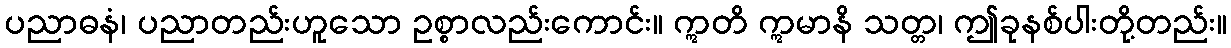
ပညာဓနံ၊ ပညာတည်းဟူသော ဥစ္စာလည်းကောင်း။ ဣတိ ဣမာနိ သတ္တ၊ ဤခုနစ်ပါးတို့တည်း။